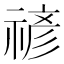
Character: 𮂉